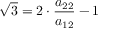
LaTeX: { \sqrt { 3 } } = 2 \cdot { \frac { a _ { 2 2 } } { a _ { 1 2 } } } - 1